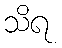
သိရ